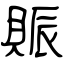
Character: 賑